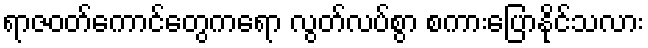
ရာဇဝတ်ကောင်တွေကရော လွတ်လပ်စွာ စကားပြောနိုင်သလား